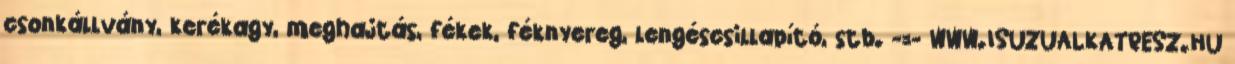
csonkállvány, kerékagy, meghajtás, fékek, féknyereg, lengéscsillapító, stb. -=- WWW.ISUZUALKATRESZ.HU